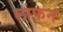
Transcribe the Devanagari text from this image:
लाफ़न